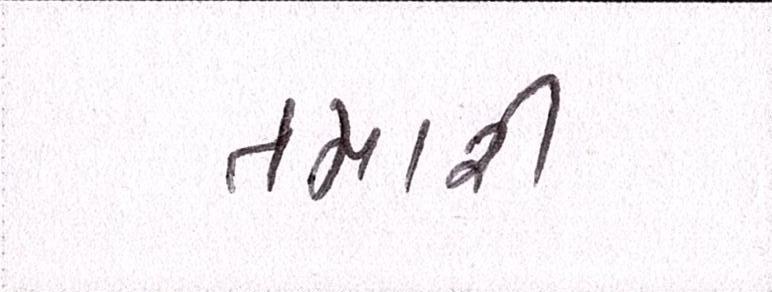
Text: તમારી